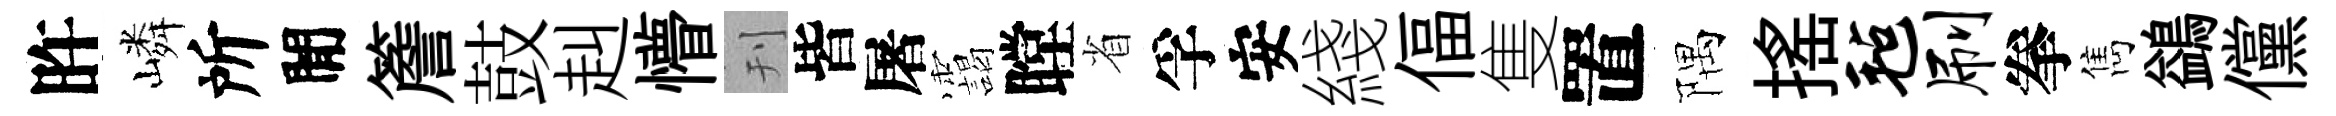
旿嶙所閒簷鼓赳懵刊皆屠靄瞠省孚安綫偪隻置隅摇毡刷拳雋鷁儻